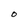
Character: O